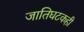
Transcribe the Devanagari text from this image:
जातिघटकही